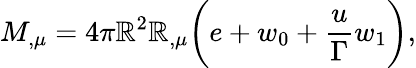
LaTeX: M_{,\mu}=4\pi\mathbb{R}^{2}\mathbb{R}_{,\mu}\biggl({e+w_{0}+{\frac{{u}}{{\Gamma}}}w_{1}}\biggr),